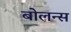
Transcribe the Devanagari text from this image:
बोलन्स